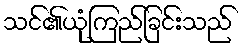
သင်၏ယုံကြည်ခြင်းသည်